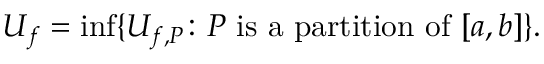
U _ { f } = \operatorname* { i n f } \{ U _ { f , P } \colon P { \mathrm { ~ i s ~ a ~ p a r t i t i o n ~ o f ~ } } [ a , b ] \} . \,